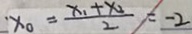
x _ { 0 } = \frac { x _ { 1 } + x _ { 2 } } { 2 } = - 2